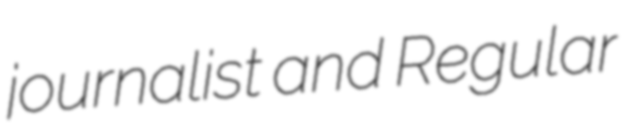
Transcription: journalist and Regular